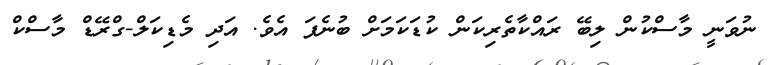
ނުވަނީ މާސްކުން ލިބޭ ރައްކާތެރިކަން ކުޑަކަމަށް ބުނެފަ އެވެ. އަދި މެޑިކަލް-ގްރޭޑް މާސްކް